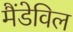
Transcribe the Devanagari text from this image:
मैंडेविल